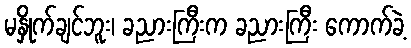
မနှိုက်ချင်ဘူး၊ ခညားကြီးက ခညားကြီး ကောက်ခဲ့